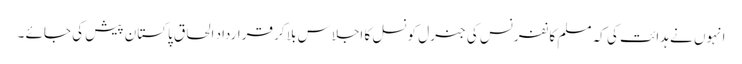
انہوں نے ہدائت کی کہ مسلم کانفرنس کی جنرل کونسل کا اجلاس بلا کر قرارداد الحاق پاکستان پیش کی جائے ۔